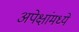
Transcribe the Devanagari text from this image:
अपेक्षांमध्ये